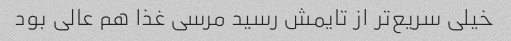
خیلی سریع‌تر از تایمش رسید مرسی غذا هم عالی بود